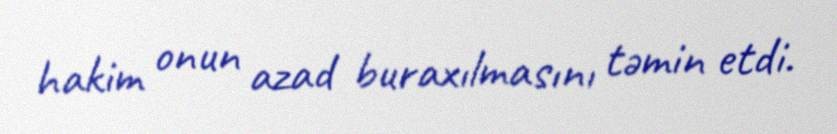
hakim onun azad buraxılmasını təmin etdi.